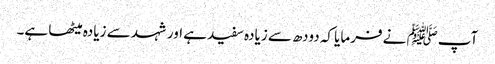
آپﷺ نے فرمایا کہ دودھ سے زیادہ سفید ہے اور شہد سے زیادہ میٹھا ہے۔